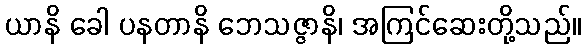
ယာနိ ခေါ ပနတာနိ ဘေသဇ္ဇာနိ၊ အကြင်ဆေးတို့သည်။